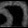
Digit: ၈